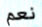
نعم